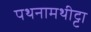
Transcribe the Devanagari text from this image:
पथनामथीट्टा